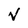
Character: v